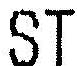
ST